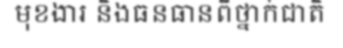
មុខងារ និងធនធានពីថ្នាក់ជាតិ